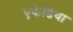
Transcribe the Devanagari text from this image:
एकेडिया